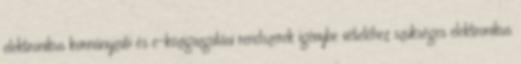
elektronikus kormányzati és e-közigazgatási rendszerek igénybe vételéhez szükséges elektronikus